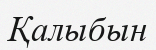
Қалыбын